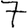
Digit: 7